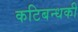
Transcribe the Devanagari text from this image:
कटिबन्धकी